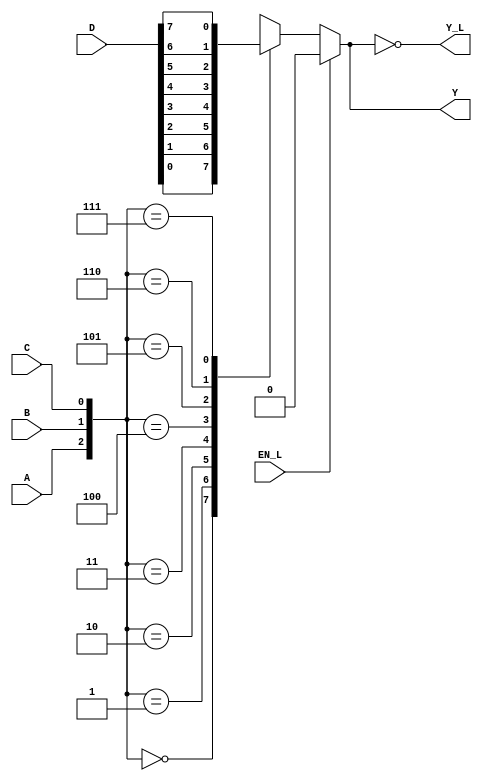
module mux8to1( output Y, Y_L,
                input [7:0] D,
                input EN_L, A, B, C);
    reg f;
    always @(*) 
    begin
        if(EN_L)    f = 1'b0;
        else
            case ({A,B,C})
                3'b000: f = D[0];
                3'b001: f = D[1];
                3'b010: f = D[2];
                3'b011: f = D[3];
                3'b100: f = D[4];
                3'b101: f = D[5];
                3'b110: f = D[6];
                3'b111: f = D[7];
                default:f = 1'b0;
            endcase
    end
    assign  Y = f,
            Y_L = ~f;
endmodule